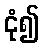
ငုံ၍